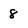
Character: 8